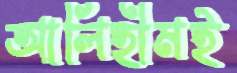
আলিহীমই